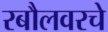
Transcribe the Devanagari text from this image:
रबौलवरचे